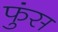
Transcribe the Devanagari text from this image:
फुंस